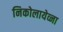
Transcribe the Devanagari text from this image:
निकोलायेव्ना